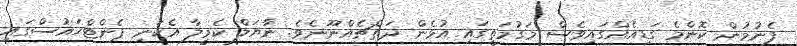
ފެނުމުން ކޮންމެ ގަޑިއެއްގައިވެސް މަގުމަތީގައި އުޅެން ދަތްޗެއްނޫނެވެ. ނާޔަލް ކެމީލާ އެކަނި ޕެންޓްހައުސްގައި